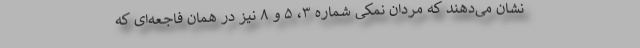
نشان می‌دهند که مردان نمکی شماره ۳، ۵ و ۸ نیز در همان فاجعه‌ای که